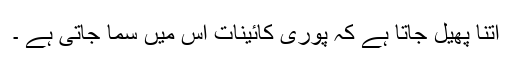
اتنا پھیل جاتا ہے کہ پوری کائینات اس میں سما جاتی ہے ۔